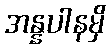
အန္နပါနမှိ